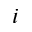
i